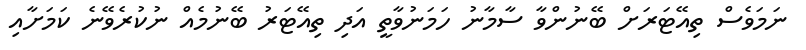
ނަމަވެސް ތިއޭޓަރަށް ބޭނުންވާ ސާމާނު ހަމަނުވާތީ އަދި ތިއޭޓަރު ބޭނުމެއް ނުކުރެވޭނެ ކަމަށާއި